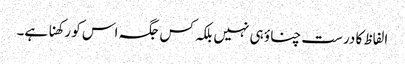
الفاظ کا درست چناؤ ہی نہیں بلکہ کس جگہ اس کو رکھنا ہے۔